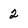
Character: 2